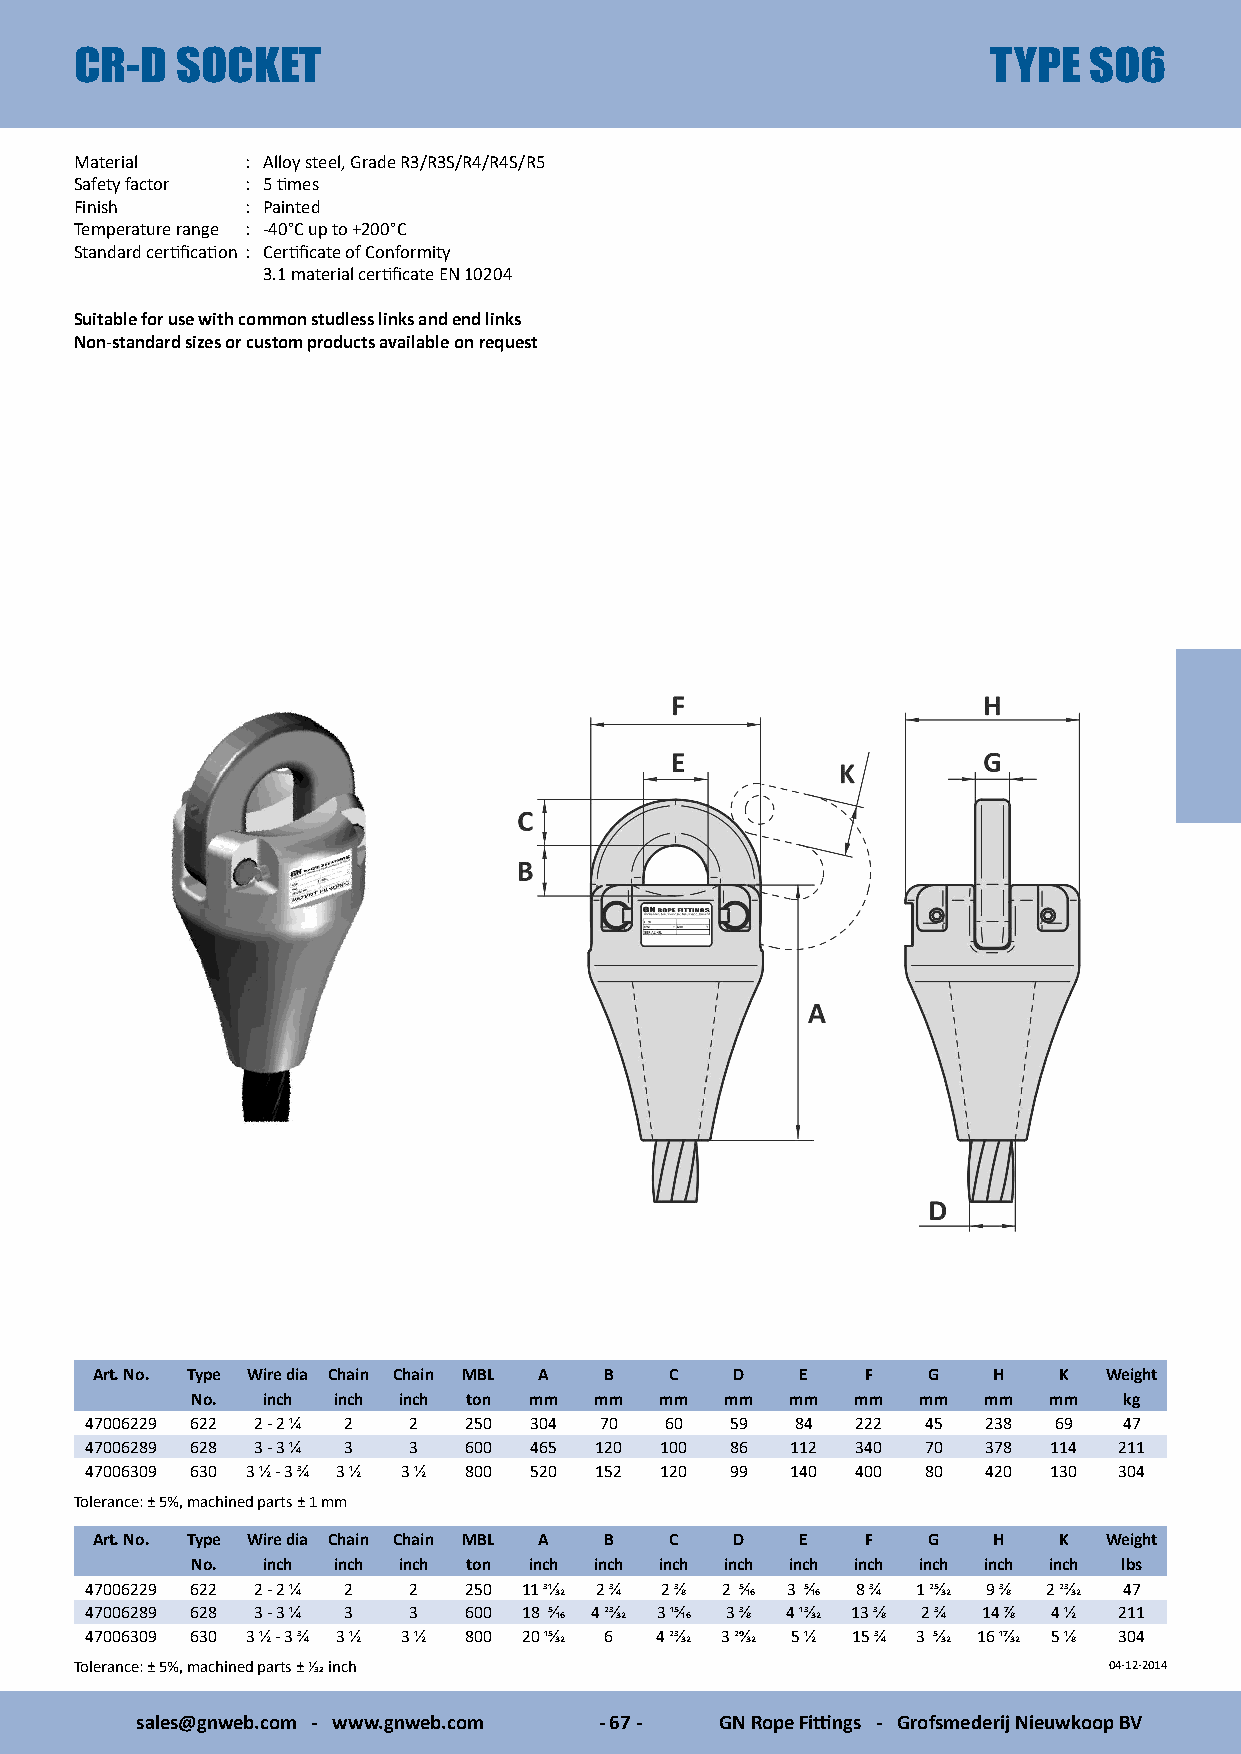
CR-D   SOCKET                                                TYPE  SO6
 Material   : Alloy steel, Grade R3/R3S/R4/R4S/R5
 Safety factor : 5 times
 Finish     : Painted
 Temperature range : -40°C up to +200°C
 Standard certification : Certificate of Conformity
 3.1 material certificate EN 10204
 Suitable for use with common studless links and end links
 Non-standard sizes or custom products available on request
 Art. No. Type Wire dia Chain Chain MBL A B C D E   F   G    H   K  Weight
 No. inch inch inch ton mm mm   mm  mm  mm   mm  mm  mm  mm   kg
 47006229 622 2 - 2 1/4 2 2 250 304 70 60  59   84  222 45  238  69  47
 47006289 628 3 - 3 1/4 3 3 600 465 120 100 86 112  340 70  378 114  211
 47006309 630 3 1/2 - 3 3/4 3 1/2 3 1/2 800 520 152 120 99 140 400 80 420 130 304
 Tolerance: ± 5%, machined parts ± 1 mm
 Art. No. Type Wire dia Chain Chain MBL A B C D E   F   G    H   K  Weight
 No. inch inch inch ton inch inch inch inch inch inch inch inch inch lbs
 47006229 622 2 - 2 1/4 2 2 250 11 31/32 2 3/4 2 3/8 2 5/16 3 5/16 8 3/4 1 25/32 9 3/8 2 23/32 47
 47006289 628 3 - 3 1/4 3 3 600 18 5/16 4 23/32 3 15/16 3 3/8 4 13/32 13 3/8 2 3/4 14 7/8 4 1/2 211
 47006309 630 3 1/2 - 3 3/4 3 1/2 3 1/2 800 20 15/32 6 4 23/32 3 29/32 5 1/2 15 3/4 3 5/32 16 17/32 5 1/8 304
 Tolerance: ± 5%, machined parts ± 1/32 inch                         04-12-2014
 sales@gnweb.com - www.gnweb.com - 67 - GN Rope Fittings - Grofsmederij Nieuwkoop BV